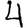
Digit: 4